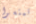
تمتعوا